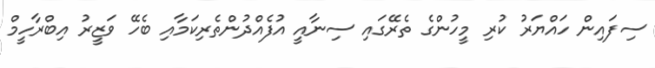
ސިފައިން ހައްޔަރު ކުރި މީހުންގެ ތެރޭގައި ސިނާއީ އުފެއްދުންތެރިކަމާއި ބެހޭ ވަޒީރު އިބްރާހީމް